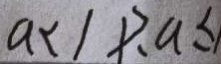
a < 1 p , a \leq